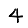
Digit: 4